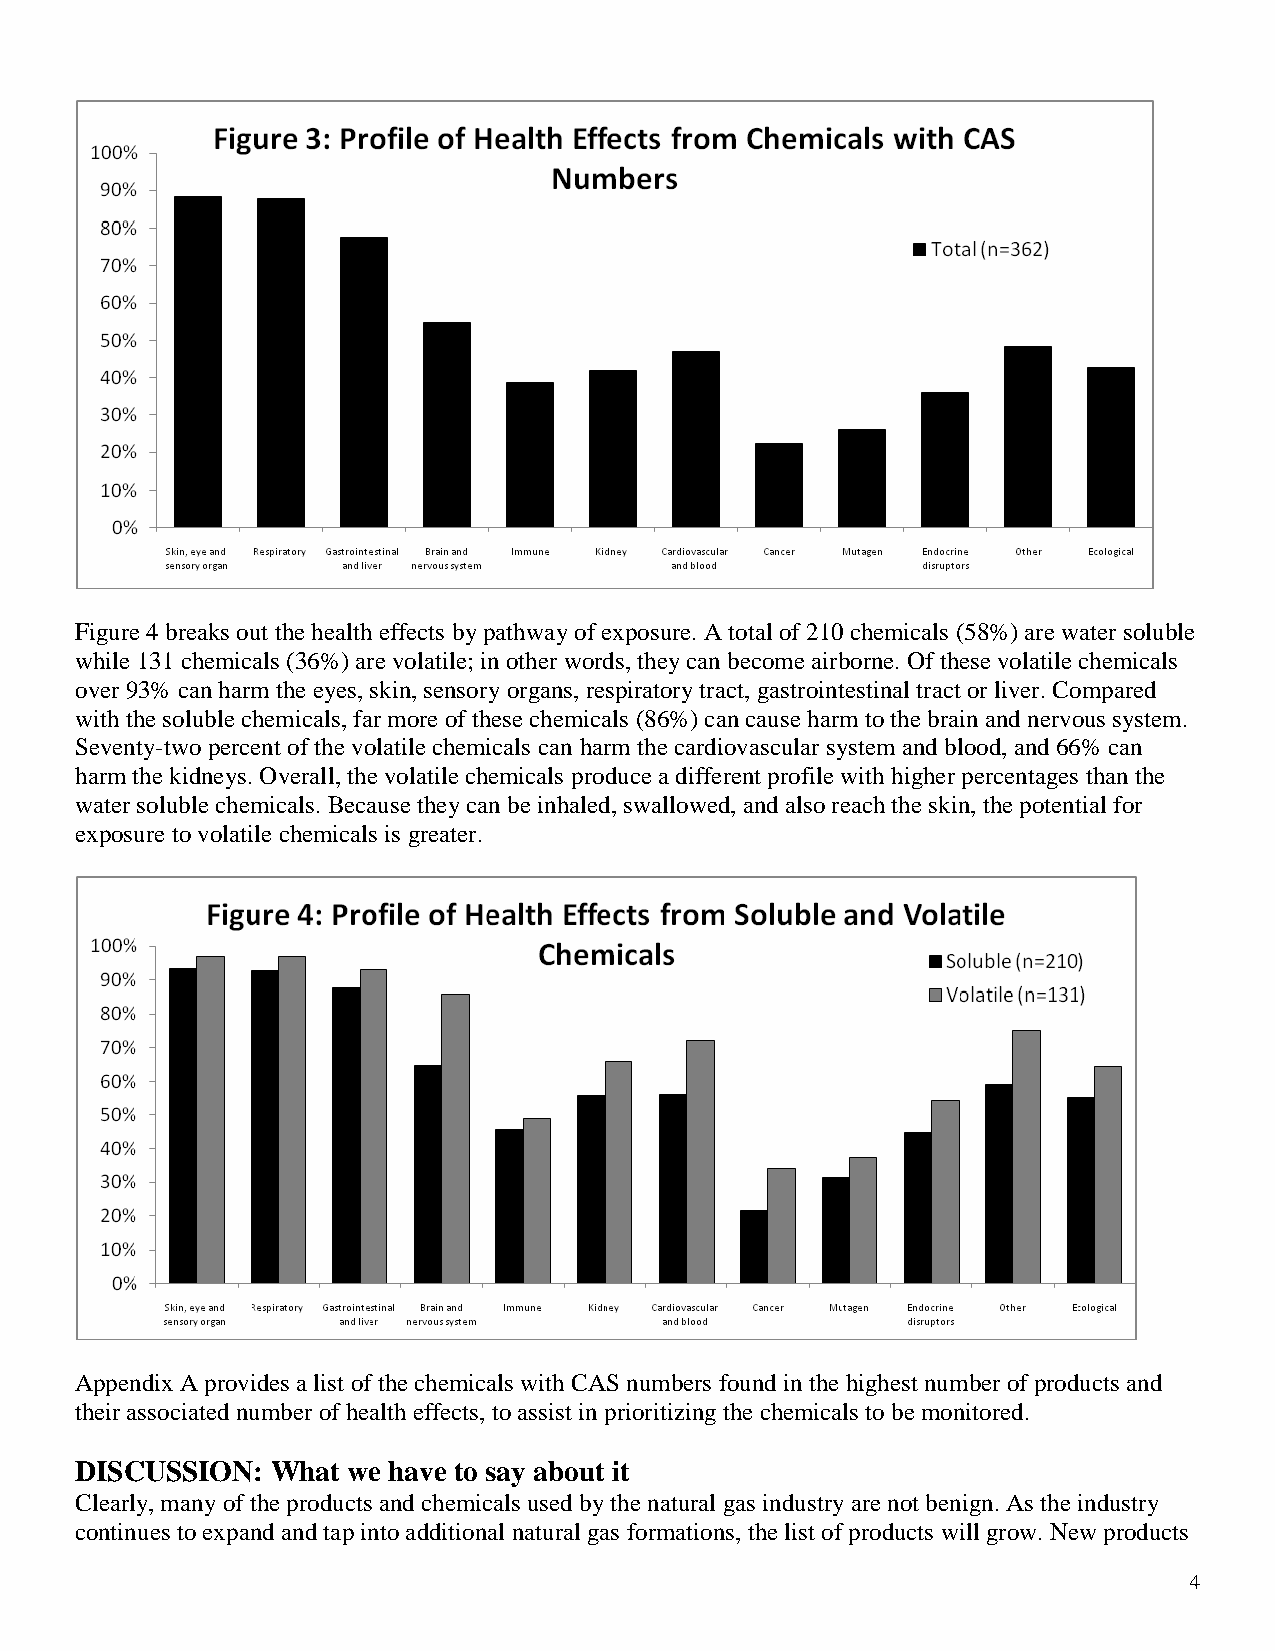
Figure 4 breaks out the health effects by pathway of exposure. A total of 210 chemicals (58%) are water soluble
 while 131 chemicals (36%) are volatile; in other words, they can become airborne. Of these volatile chemicals
 over 93% can harm the eyes, skin, sensory organs, respiratory tract, gastrointestinal tract or liver. Compared
 with the soluble chemicals, far more of these chemicals (86%) can cause harm to the brain and nervous system.
 Seventy-two percent of the volatile chemicals can harm the cardiovascular system and blood, and 66% can
 harm the kidneys. Overall, the volatile chemicals produce a different profile with higher percentages than the
 water soluble chemicals. Because they can be inhaled, swallowed, and also reach the skin, the potential for
 exposure to volatile chemicals is greater.
 Appendix A provides a list of the chemicals with CAS numbers found in the highest number of products and
 their associated number of health effects, to assist in prioritizing the chemicals to be monitored.
 DISCUSSION:  What we have to say about it
 Clearly, many of the products and chemicals used by the natural gas industry are not benign. As the industry
 continues to expand and tap into additional natural gas formations, the list of products will grow. New products
 4